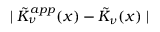
\mid \tilde { K } _ { \nu } ^ { a p p } ( x ) - \tilde { K } _ { \nu } ( x ) \mid